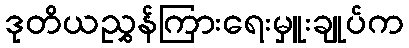
ဒုတိယညွှန်ကြားရေးမှူးချုပ်က